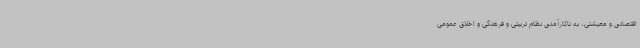
اقتصادی و معیشتی، به ناکارآمدی نظام تربیتی و فرهنگی و اخلاق عمومی